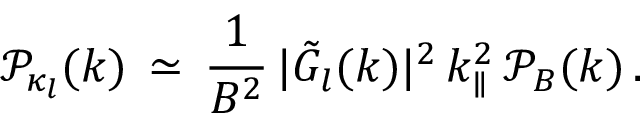
\mathcal P _ { \kappa _ { l } } ( \boldsymbol { k } ) \, \simeq \, \frac { 1 } { B ^ { 2 } } \, \vert { \tilde { G } } _ { l } ( \boldsymbol { k } ) \vert ^ { 2 } \, k _ { \parallel } ^ { 2 } \, \mathcal P _ { B } ( \boldsymbol { k } ) \, .